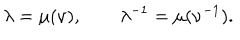
\lambda = \mu ( \nu ) , \qquad \lambda ^ { - 1 } = \mu ( \nu ^ { - 1 } ) .